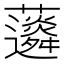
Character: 𧅊